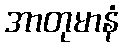
အာတုမာနံ